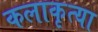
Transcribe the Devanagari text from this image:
कलाकृत्या